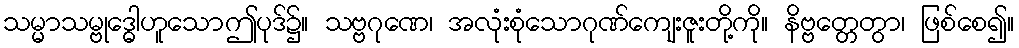
သမ္မာသမ္ဗုဒ္ဓေါဟူသောဤပုဒ်၌။ သဗ္ဗဂုဏေ၊ အလုံးစုံသောဂုဏ်ကျေးဇူးတို့ကို။ နိဗ္ဗတ္တေတွာ၊ ဖြစ်စေ၍။